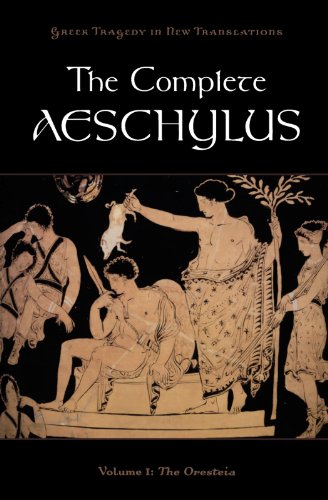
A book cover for The Complete Aeschylus: Volume I: The Oresteia (Greek Tragedy in New Translations); Aeschylus; Literature & Fiction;